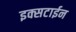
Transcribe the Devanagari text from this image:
इक्सटाईन